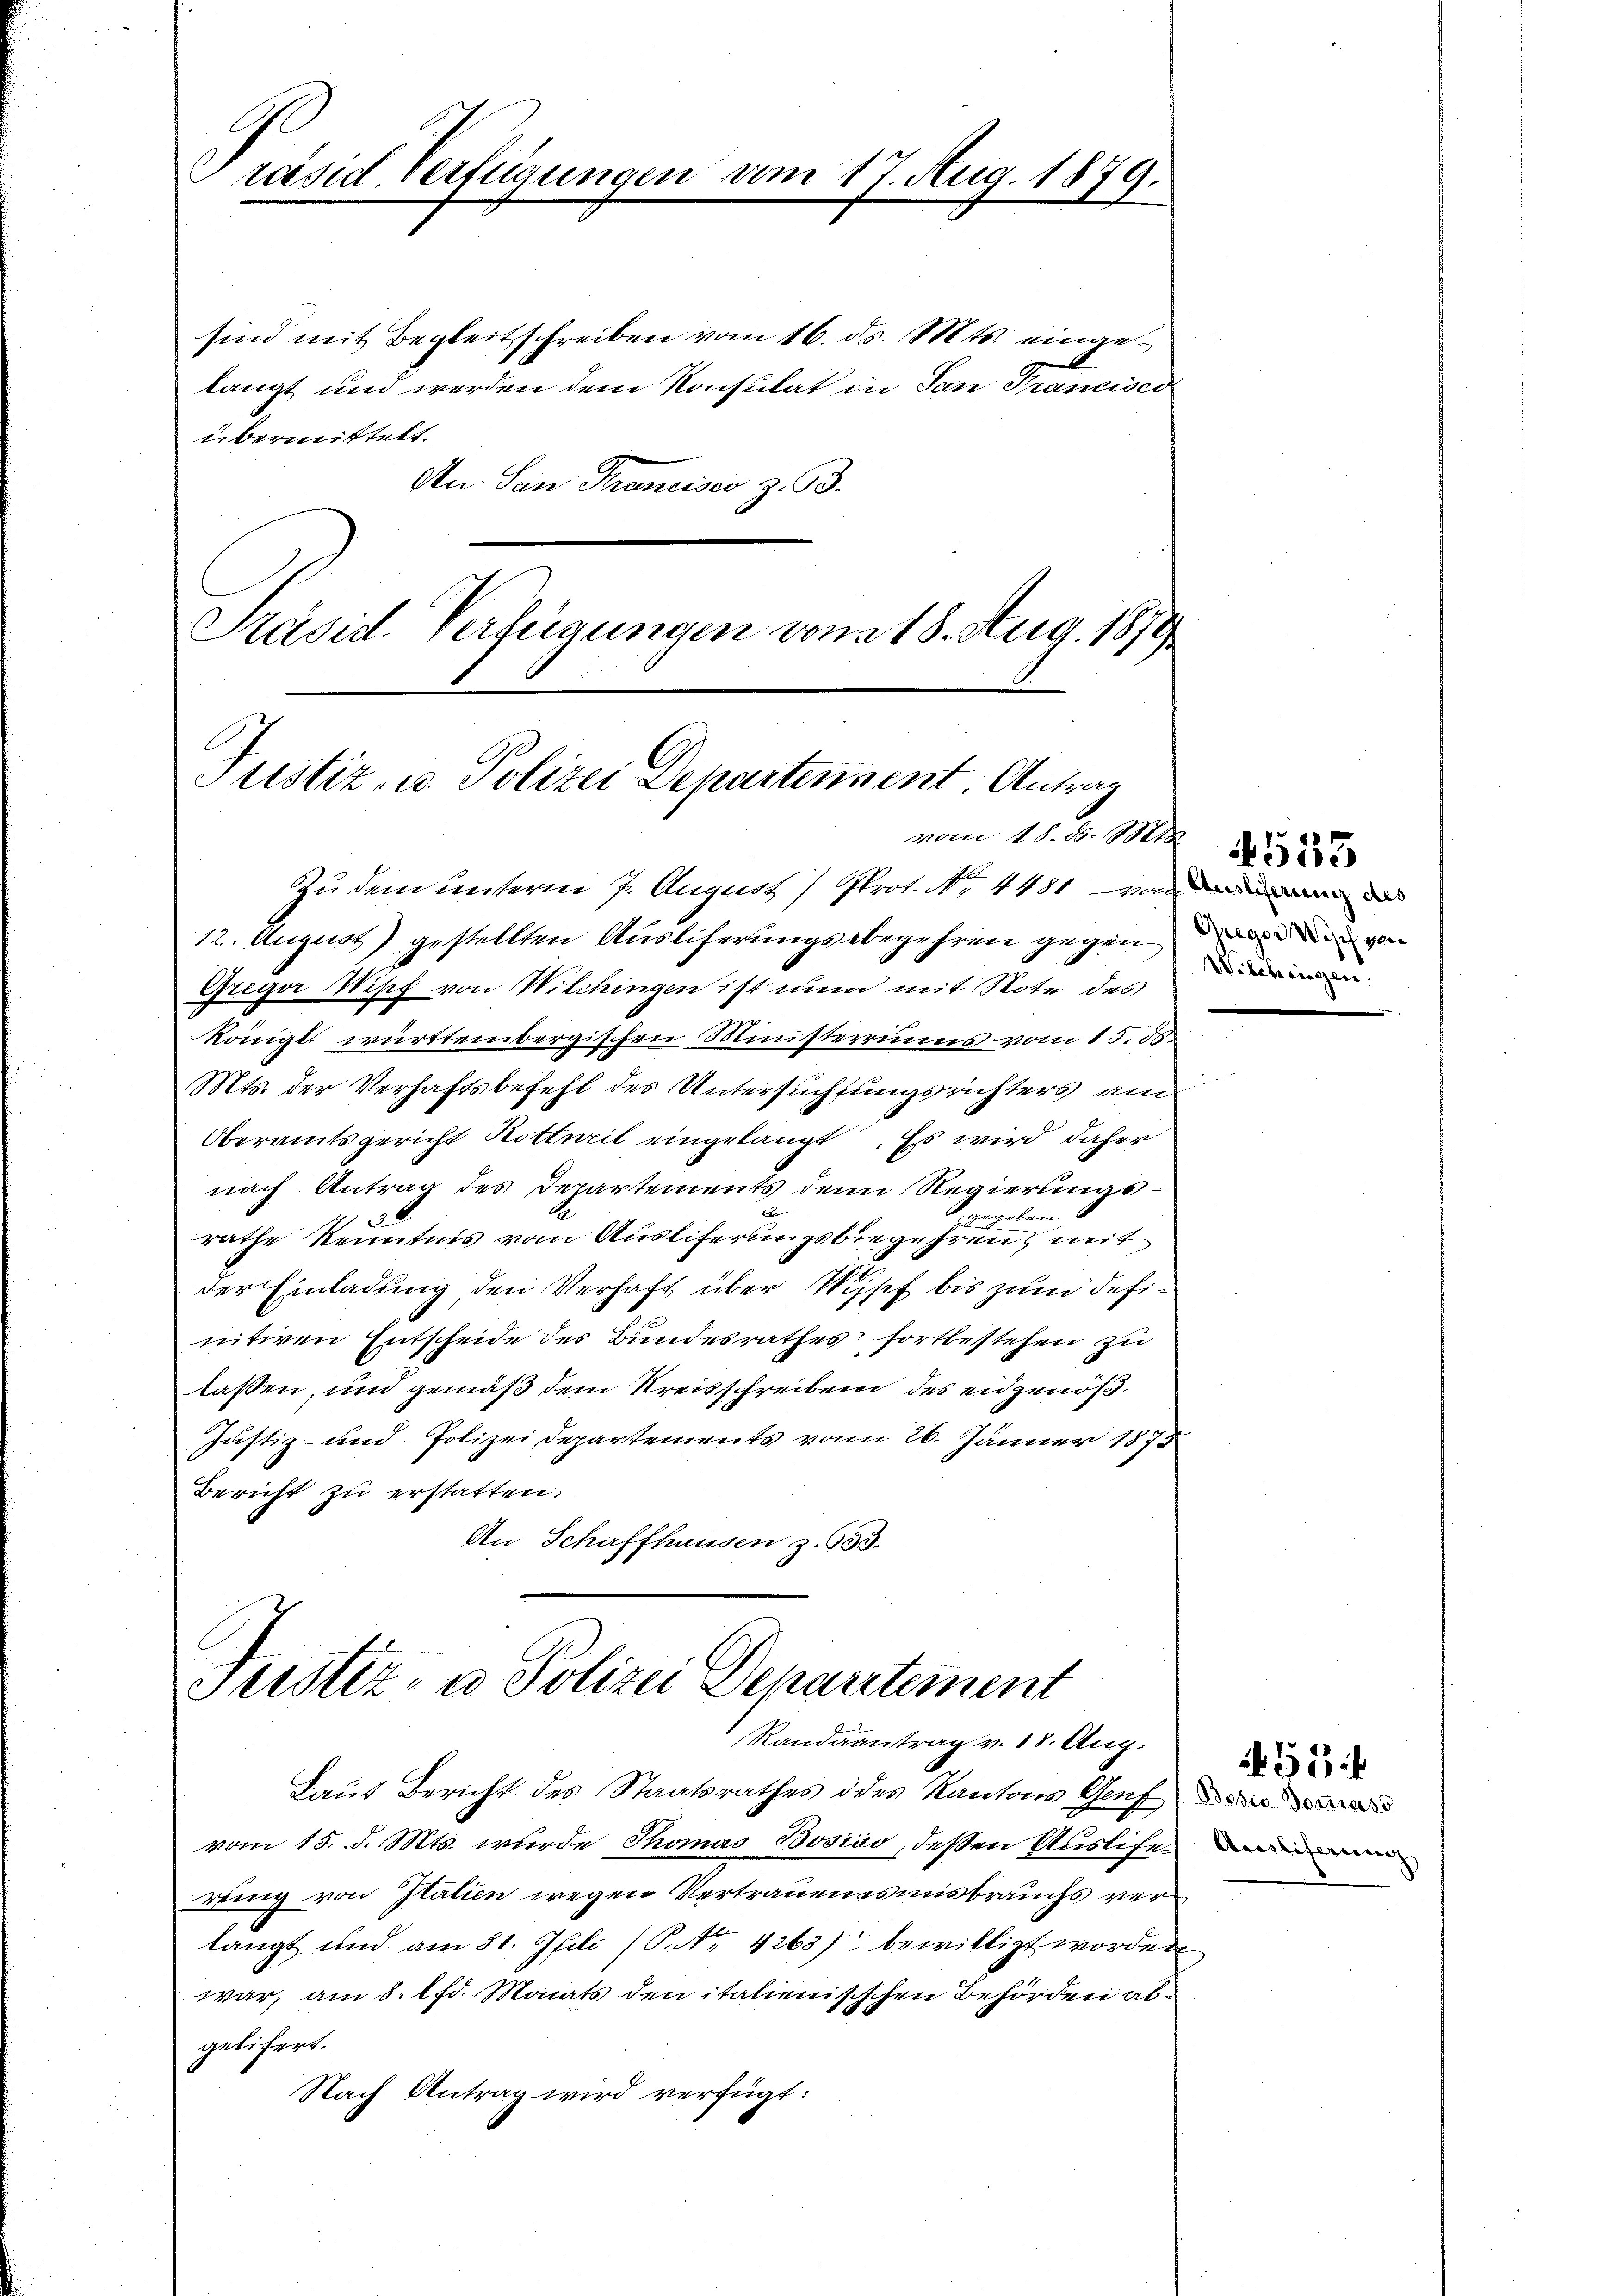
Präsid. Verfügungen vom 17. Aug. 1879.

sind mit Begleitschreiben vom 16. ds. Mts. eingelangt und werden dem Konsulat in San Francisco
übermittelt.
An Sein Trancises z. 93.
Präsid. Verfügungen von 18. Aug. 1879

Justiz- u. Polizei Departennent. Antrag
vom 18. d. 1881

Zu dem unterm 7. August Prot. N. 4481 von
12. August) gestellten Auslicherungsbegehren gegen die von
Gregor Nipf von Wilchingen ist nun mit Note des
königl. württembergischen Ministerriums vom 15. 55.
Mts. der Verhaftsbefehl des Untersuchtungsrichters an
Oberamtsgericht Rotterit eingelangt. Es wird daher
nach Antrag des Departements dem Regierungsd
gegeben
rathe Kenntnis vom Ausliferungsbegehren, mit
der Einladung den Verhaft über Wipf bis zum definitiven Entscheide des Bundesrathes fortbestehen zu
lassen, und gemäß dem Kreisschreiben des eidgenöß¬
Justiz- und Polizei Departements vom 26. Jänner 1873
Bericht zŭ erstatten.
An Schaffhausen z. 333.

Justiz- u Polizei Departement
Randaantrag v. 18. Aug.

Laut Bericht des Staatsrathes des Kantons Genf
vom 15. d. Mts. wurde Thomas Bosias, dessen Ausliferung von Italien wegen Vertrauen misbrauchs verlangt und am 31. Juli (P. Nr. 4263) bewilligt worden
war, am 8. 1 d. Monats den italienisschen Behörden abgelifert.
Nach Antrag wird verfügt:

Wilchingen.

533

Acestiferung

51